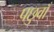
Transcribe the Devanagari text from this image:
पछुवाँ